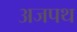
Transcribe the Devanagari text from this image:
अजपथ